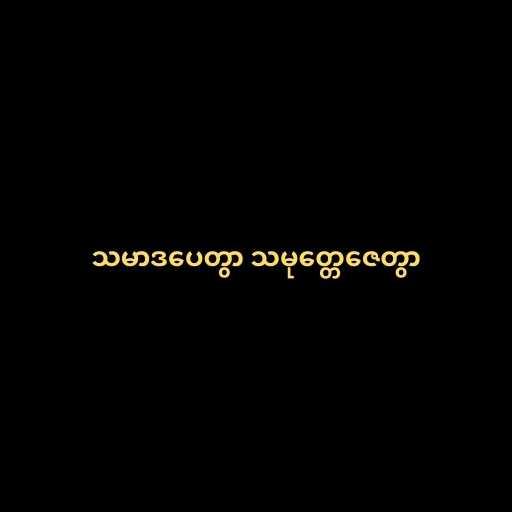
သမာဒပေတွာ သမုတ္တေဇေတွာ